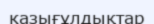
казығұлдықтар